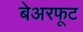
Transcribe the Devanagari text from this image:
बेअरफूट